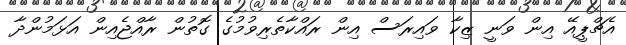
އެޗްޕީއޭ އިން ވަނީ ޒިކާ ވައިރަސް އިން ރައްކާތެރިވުމުގެ ގޮތުން ރާއްޖެއިން އަޅަމުންދާ